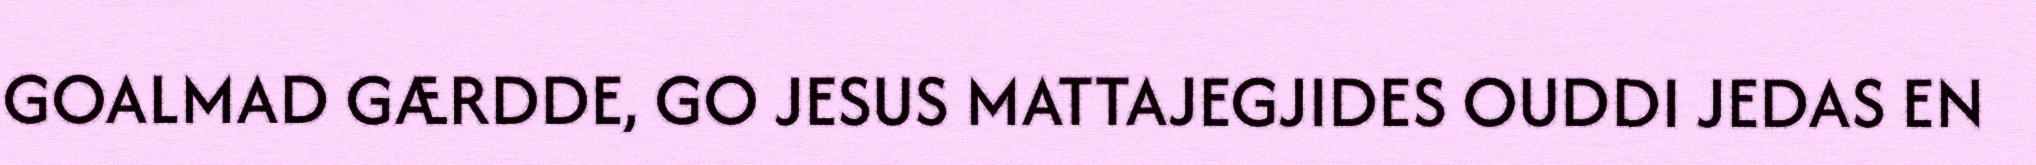
GOALMAD GÆRDDE, GO JESUS MATTAJEGJIDES OUDDI JEDAS EN